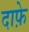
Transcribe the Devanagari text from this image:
दाफ़े